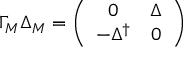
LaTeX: \Gamma _ { M } \Delta _ { M } = \left( \begin{array} { c c } { { 0 } } & { { \Delta } } \\ { { - \Delta ^ { \dagger } } } & { { 0 } } \end{array} \right)